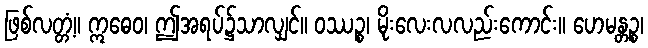
ဖြစ်လတ္တံ့။ ဣဓေဝ၊ ဤအရပ်၌သာလျှင်။ ဝဿဉ္စ၊ မိုးလေးလလည်းကောင်း။ ဟေမန္တဉ္စ၊